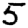
Digit: 5